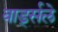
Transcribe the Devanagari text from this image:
बार्ड्सले